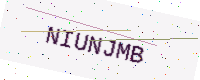
Text: NIUNJMB